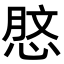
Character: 𢜑